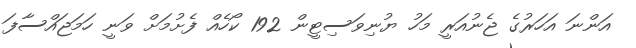
އަންނަ އަހަރުގެ ޖެނުއަރީ މަހު ޔުނިވަސިޓީން 192 ކޯހެއް ފެށުމަށް ވަނީ ހަމަޖައްސާފަ